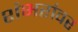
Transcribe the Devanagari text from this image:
शंभरांवर